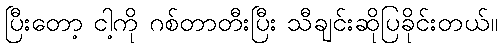
ပြီးတော့ ငါ့ကို ဂစ်တာတီးပြီး သီချင်းဆိုပြခိုင်းတယ်။